画像に写った文字を読んでください
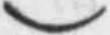
「)」と書いてあります